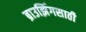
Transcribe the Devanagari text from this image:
ब्राउझिंगसाठी